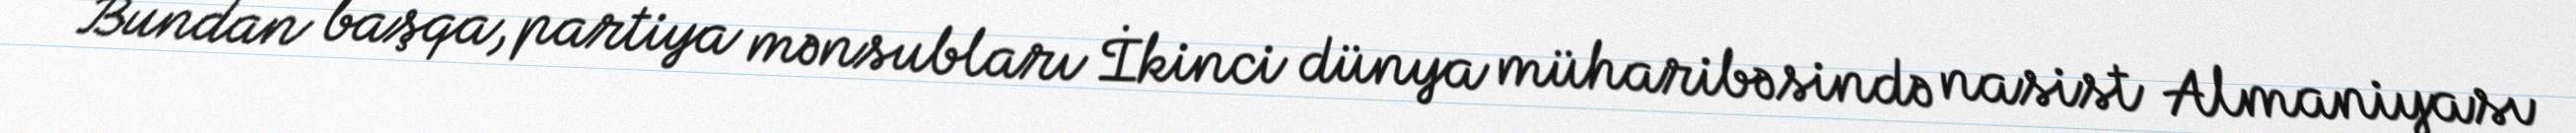
Bundan başqa, partiya mənsubları İkinci dünya müharibəsində nasist Almaniyası